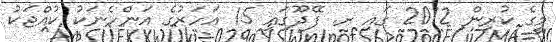
މީގެ ކުރިން 2012 ގައި ށ. ފޭދޫގައި 15 އަހަރުގެ އަންހެނަކު ކުއްޖަކު